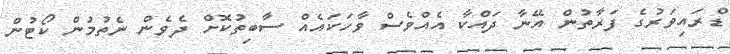
ޑްރައިވަރުގެ ފަރާތުން އޭނާ ދައްކާ އެއްވެސް ވާހަކައެއް ސާބިތުކޮށް ދެވެން ނެތުމުން ކޯޓުން